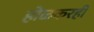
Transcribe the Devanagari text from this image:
होळकरही